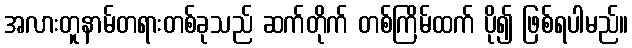
အလားတူနာမ်တရားတစ်ခုသည် ဆက်တိုက် တစ်ကြိမ်ထက် ပို၍ ဖြစ်ရပါမည်။